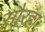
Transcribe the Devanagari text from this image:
सौरहा